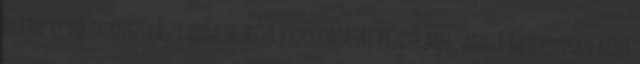
olyan vevőfinanszirászi konstrukció kidolgozását kezdte meg, amely hatékonyan képes